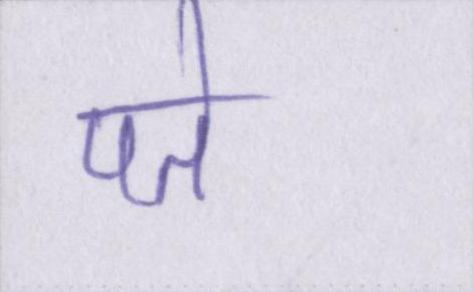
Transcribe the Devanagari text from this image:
पते